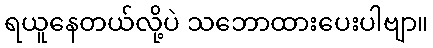
ရယူနေတယ်လို့ပဲ သဘောထားပေးပါဗျာ။